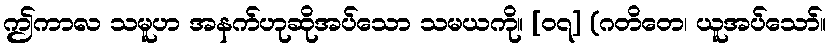
ဤကာလ သမူဟ အနက်ဟုဆိုအပ်သော သမယကို။ [၀၇] (ဂတိတေ၊ ယူအပ်သော်။